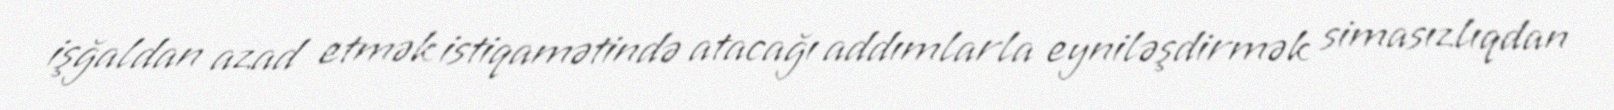
işğaldan azad etmək istiqamətində atacağı addımlarla eyniləşdirmək simasızlıqdan